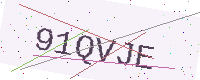
Text: 91QVJE